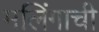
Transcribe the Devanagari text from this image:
मलिंगाची